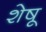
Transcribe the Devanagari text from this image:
शेषू